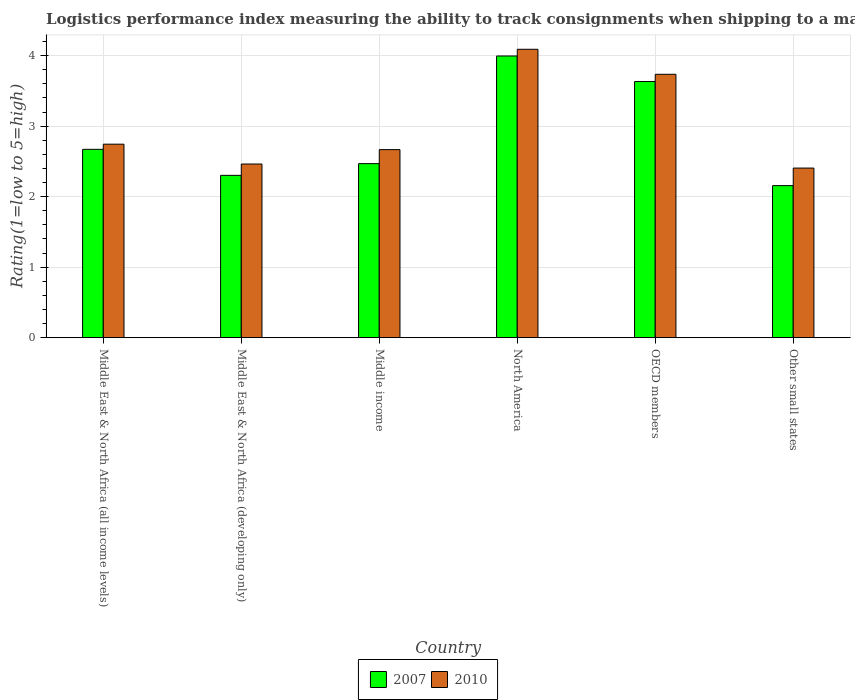
| Country | 2007 | 2010 |
 | --- | --- | --- |
 | Middle East & North Africa (all income levels) | 2.67 | 2.74 |
 | Middle East & North Africa (developing only) | 2.3 | 2.46 |
 | Middle income | 2.47 | 2.67 |
 | North America | 4 | 4.09 |
 | OECD members | 3.63 | 3.74 |
 | Other small states | 2.16 | 2.41 |